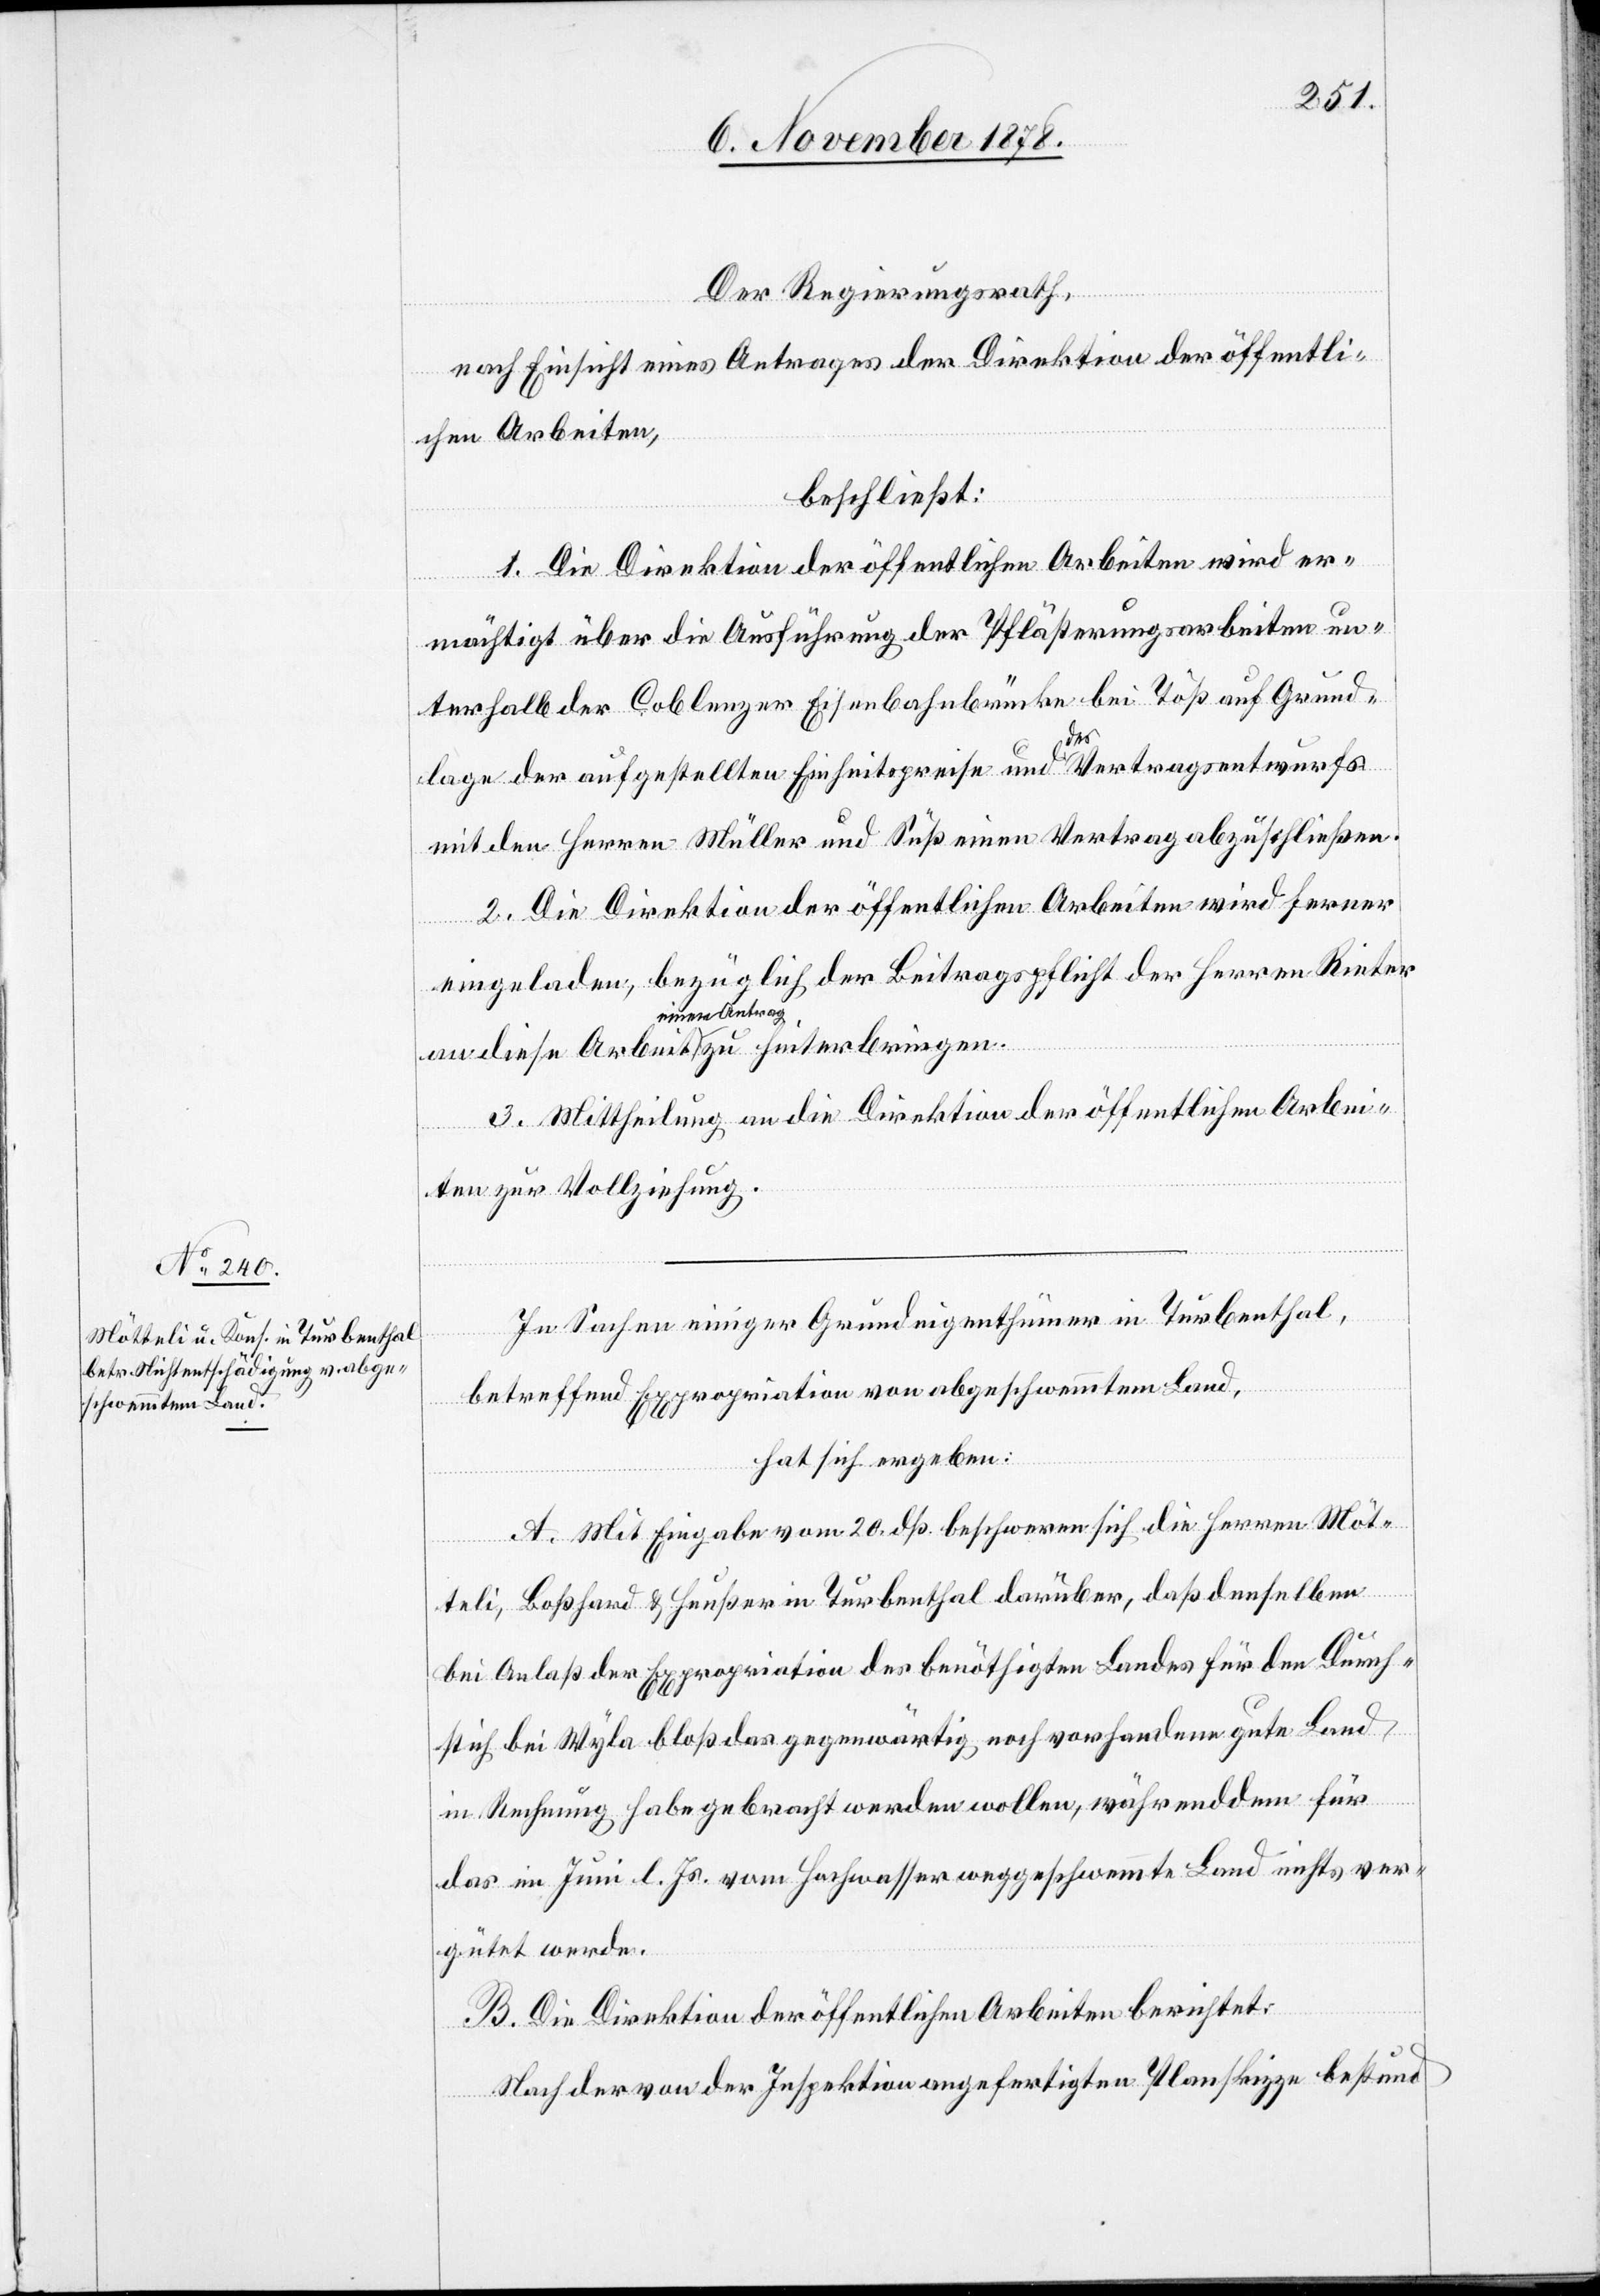
Der Regierungsrath,
nach Einsicht eines Antrages der Direktion der öffentli¬
chen Arbeiten,
beschließt:
1. Die Direktion der öffentlichen Arbeiten wird er¬
mächtigt über die Ausführung der Pflästerungsarbeiten un¬
terhalb der Coblenzer Eisenbahnbrücke bei Töß auf Grund¬
diese
lage der aufgestellten Einheitspreise und des Vertragsentwurfs
mit den Herren Müller und Süß einen Vertrag abzuschließen.
2. Die Direktion der öffentlichen Arbeiten wird ferner
eingeladen, bezüglich der Beitragspflicht der Herren Rieter
einen Antrag
3. Mittheilung an die Direktion der öffentlichen Arbei¬
ten zur Vollziehung.
In Sachen einiger Grundeigenthümer in Turbenthal,
betreffend Expropriation von abgeschwemmtem Land,
hat sich ergeben:
A. Mit Eingabe vom 20. dß. beschweren sich die Herren Möt¬
teli, Boßhard & Heußer in Turbenthal darüber, daß denselben
bei Anlaß der Expropriation des benöthigten Landes für den Durch¬
stich bei Wyla bloß das gegenwärtig noch vorhandene gute Land
bringen.
in Rechnung habe gebracht werden wollen, währenddem für
das im Juni l. Js. vom Hochwasser weggeschwemmte Land nichts ver¬
gütet werde.
B. Die Direktion der öffentlichen Arbeiten berichtet:
Nach der von der Inspektion angefertigten Planskizze bestund